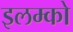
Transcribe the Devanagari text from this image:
इलम्को